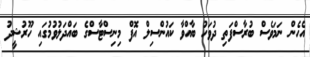
އެހެން ނަމަވެސް ބުރާސްފަތި ދުވަހު ބާއްވާ ކައުންސިލް އޮފް މިނިސްޓާސްގެ ބައްދަލުވުމުގައި ހޫރުޝީދު